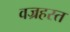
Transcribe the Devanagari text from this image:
वज्रहस्त